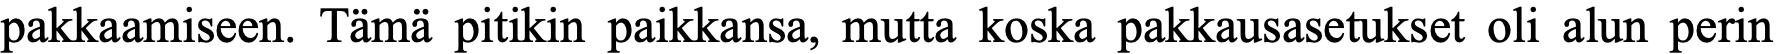
pakkaamiseen. Tämä pitikin paikkansa, mutta koska pakkausasetukset oli alun perin